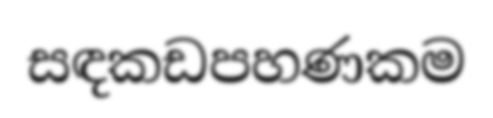
සඳකඩපහණකම